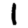
Digit: 1